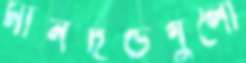
মানদণ্ডগুলো